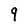
Character: q